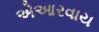
એઆરવાય